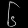
Digit: ၆